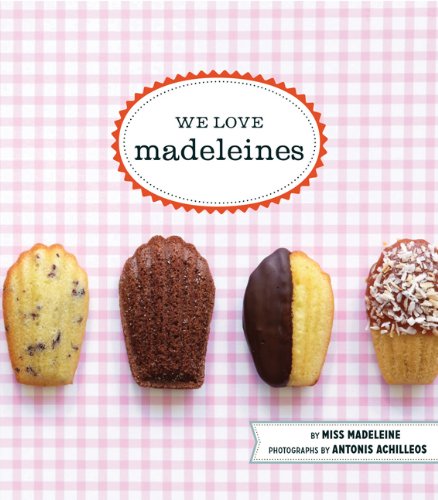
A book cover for We Love Madeleines; Miss Madeleine; Cookbooks, Food & Wine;